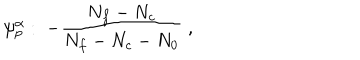
LaTeX: \psi _ { p } ^ { \alpha } : \; - \frac { N _ { f } - N _ { c } } { N _ { f } - N _ { c } - N _ { 0 } } \; ,